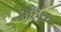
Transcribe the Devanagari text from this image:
तेहिक